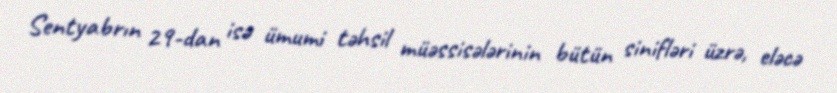
Sentyabrın 29-dan isə ümumi təhsil müəssisələrinin bütün sinifləri üzrə, eləcə